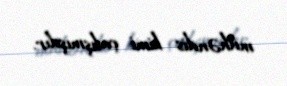
mühəndis kimi çalışmışdır.